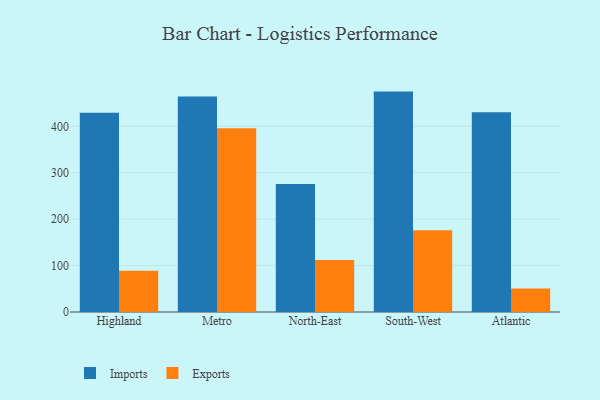
{"axis": {"x": "Region", "y": "Gross Profit (USD K)"}, "legend": ["Exports", "Imports"], "data": [{"x": "Highland", "y": 429.0, "type": "Imports"}, {"x": "Highland", "y": 88.7, "type": "Exports"}, {"x": "Metro", "y": 464.5, "type": "Imports"}, {"x": "Metro", "y": 395.6, "type": "Exports"}, {"x": "North-East", "y": 276.0, "type": "Imports"}, {"x": "North-East", "y": 111.8, "type": "Exports"}, {"x": "South-West", "y": 474.8, "type": "Imports"}, {"x": "South-West", "y": 176.1, "type": "Exports"}, {"x": "Atlantic", "y": 430.5, "type": "Imports"}, {"x": "Atlantic", "y": 50.8, "type": "Exports"}]}